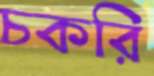
চকরি